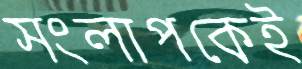
সংলাপকেই